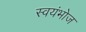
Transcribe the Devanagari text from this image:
स्वयंभोज